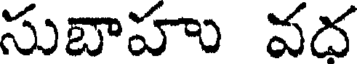
సుబాహు వద